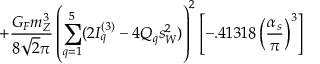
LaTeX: + \frac { G _ { F } m _ { Z } ^ { 3 } } { 8 \sqrt { 2 } \pi } \left( \sum _ { q = 1 } ^ { 5 } ( 2 I _ { q } ^ { ( 3 ) } - 4 Q _ { q } s _ { W } ^ { 2 } ) \right) ^ { 2 } \left[ - . 4 1 3 1 8 \left( \frac { \alpha _ { s } } { \pi } \right) ^ { 3 } \right]